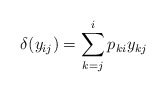
\begin{align*}\delta(y_{ij})=\sum_{k=j}^{i}p_{ki}y_{kj}\end{align*}